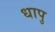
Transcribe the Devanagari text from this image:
धापु